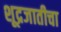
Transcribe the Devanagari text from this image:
शूद्रजातीचा